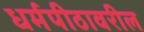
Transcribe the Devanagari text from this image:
धर्मपीठावरील